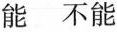
能 不能